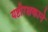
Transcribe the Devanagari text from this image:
यष्टीरक्षकाने